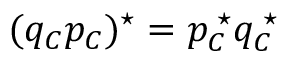
( q _ { \cal C } p _ { \cal C } ) ^ { \star } = p _ { \cal C } ^ { \; \star } q _ { \cal C } ^ { \; \star }